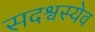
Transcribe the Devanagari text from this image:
सदश्वस्येव